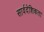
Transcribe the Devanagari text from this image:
सार्वदेशिकता